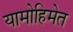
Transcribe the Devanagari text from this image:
यामोहिमेत